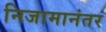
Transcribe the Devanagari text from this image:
निजामानंतर